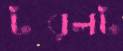
টরলট